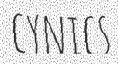
CYNICS